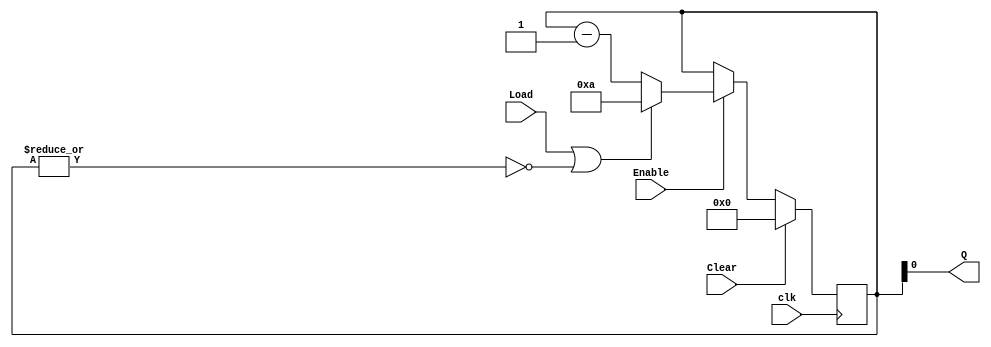
`timescale 1ns / 1ps
//////////////////////////////////////////////////////////////////////////////////
// Student: Tawseef Patel 101145333
// 
// Design Name: Lab 6_2_3
// Module Name: Parallel_in_serial_out_load_enable_behavior
// Project Name: Lab 6_2_3
//
//////////////////////////////////////////////////////////////////////////////////

module lab6_2_3 (
    input Load, Enable, Clear, clk,
    output Q
);
    reg [3:0] count; 
    wire cnt_done; 
        
    assign cnt_done = ~| count; 
    assign Q = count; 
    always @(posedge clk) 
        if (Clear) 
            count <= 0; 
        else if (Enable) 
            if (Load | cnt_done) 
                count <= 4'b1010; // decimal 10 
            else 
                count <= count - 1;
endmodule